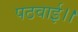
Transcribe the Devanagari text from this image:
पठवाई।।